Vaccination in Bombay 1924-1928 - 1924-1928
Year: 1924
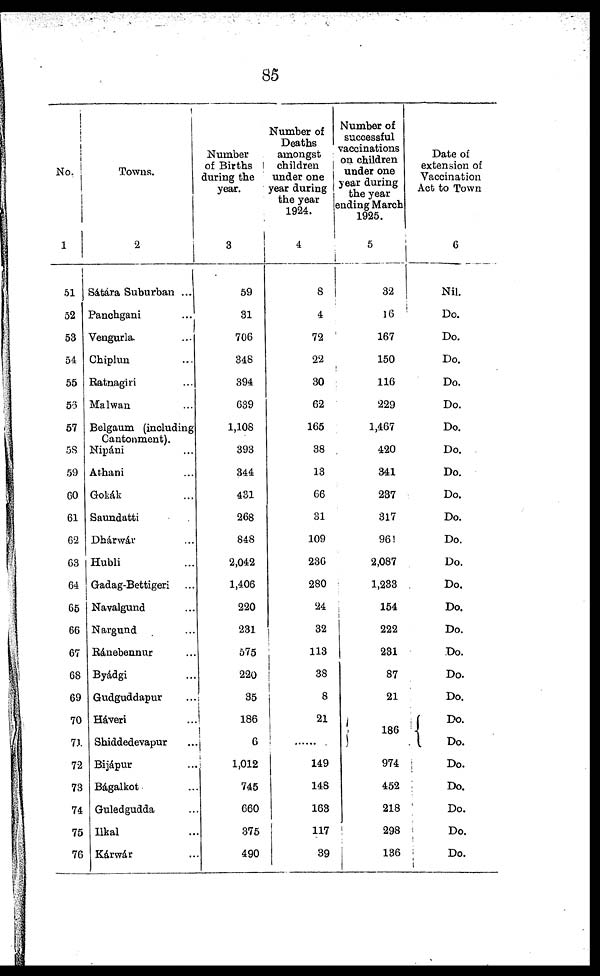
85
No.
1
51
52
53
54
55
56
57
58
59
60
61
62
63
64
65
66
67
68
69
70
71
72
73
74
75
76
Towns.
2
Sátára Suburban ...
Panchgani ...
Vengurla ...
Chiplun ...
Ratnagiri ...
Malwan ...
Belgaum (including
Cantonment).
Nipáni ...
Athani ...
Gokák ...
Saundatti ...
Dhárwár ...
Hubli ...
Gadag-Bettigeri ...
Navalgund ...
Nargund ...
Ránebennur ...
Byádgi ...
Gudguddapur ...
Háveri ...
Shiddedevapur ...
Bijápur ...
Bágalkot ...
Guledgudda ...
Ilkal ...
Kárwár ...
Number
of Births
during the
year.
3
59
31
706
348
394
639
1,108
393
344
431
268
848
2,042
1,406
220
231
575
220
35
186
6
1,012
745
660
375
490
Number of
Deaths
amongst
children
under one
year during
the year
1924.
4
8
4
72
22
30
62
165
38
13
66
31
109
236
280
24
32
113
38
8
21
......
149
148
163
117
39
Number of
successful
vaccinations
on children
under one
year during
the year
ending March
1925.
5
32
16
167
150
116
229
1,467
420
341
237
317
961
2,087
1,233
154
222
231
87
21
186
974
452
218
298
136
Date of
extension of
Vaccination
Act to Town
6
Nil.
Do.
Do.
Do.
Do.
Do.
Do.
Do.
Do.
Do.
Do.
Do.
Do.
Do.
Do.
Do.
Do.
Do.
Do.
Do.
Do.
Do.
Do.
Do.
Do.
Do.